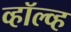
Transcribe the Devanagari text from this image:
व्हॉल्व्ह